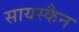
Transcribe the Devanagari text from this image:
सायस्कैन